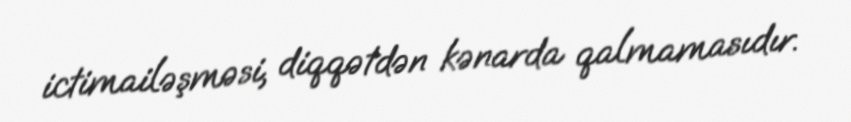
ictimailəşməsi, diqqətdən kənarda qalmamasıdır.